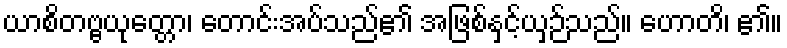
ယာစိတဗ္ဗယုတ္တော၊ တောင်းအပ်သည်၏ အဖြစ်နှင့်ယှဉ်သည်။ ဟောတိ၊ ၏။